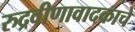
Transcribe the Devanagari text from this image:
रुद्रवीणावादकाचे